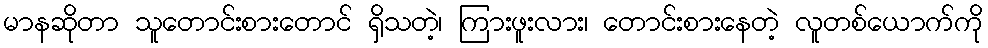
မာနဆိုတာ သူတောင်းစားတောင် ရှိသတဲ့၊ ကြားဖူးလား၊ တောင်းစားနေတဲ့ လူတစ်ယောက်ကို